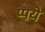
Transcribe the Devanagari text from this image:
प्पये